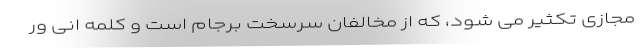
مجازی تکثیر می شود، که از مخالفان سرسخت برجام است و کلمه اِنی ور